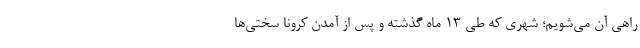
راهی آن می‌شویم؛ شهری که طی ۱۳ ماه گذشته و پس از آمدن کرونا سختی‌ها